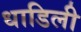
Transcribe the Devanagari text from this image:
धाडिली